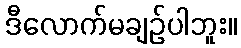
ဒီလောက်မချဉ်ပါဘူး။